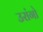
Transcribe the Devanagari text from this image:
उरांगो